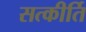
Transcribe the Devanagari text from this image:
सत्कीर्ति